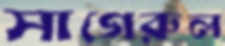
সাগেরুল